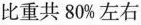
比重共80%左右